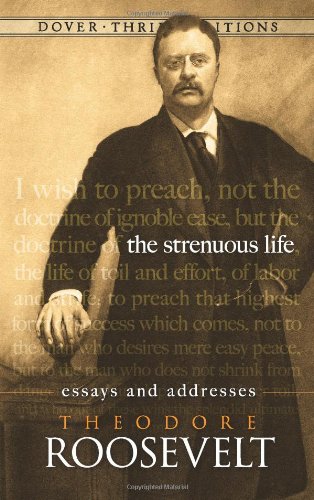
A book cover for The Strenuous Life: Essays and Addresses (Dover Thrift Editions); Theodore Roosevelt; Literature & Fiction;